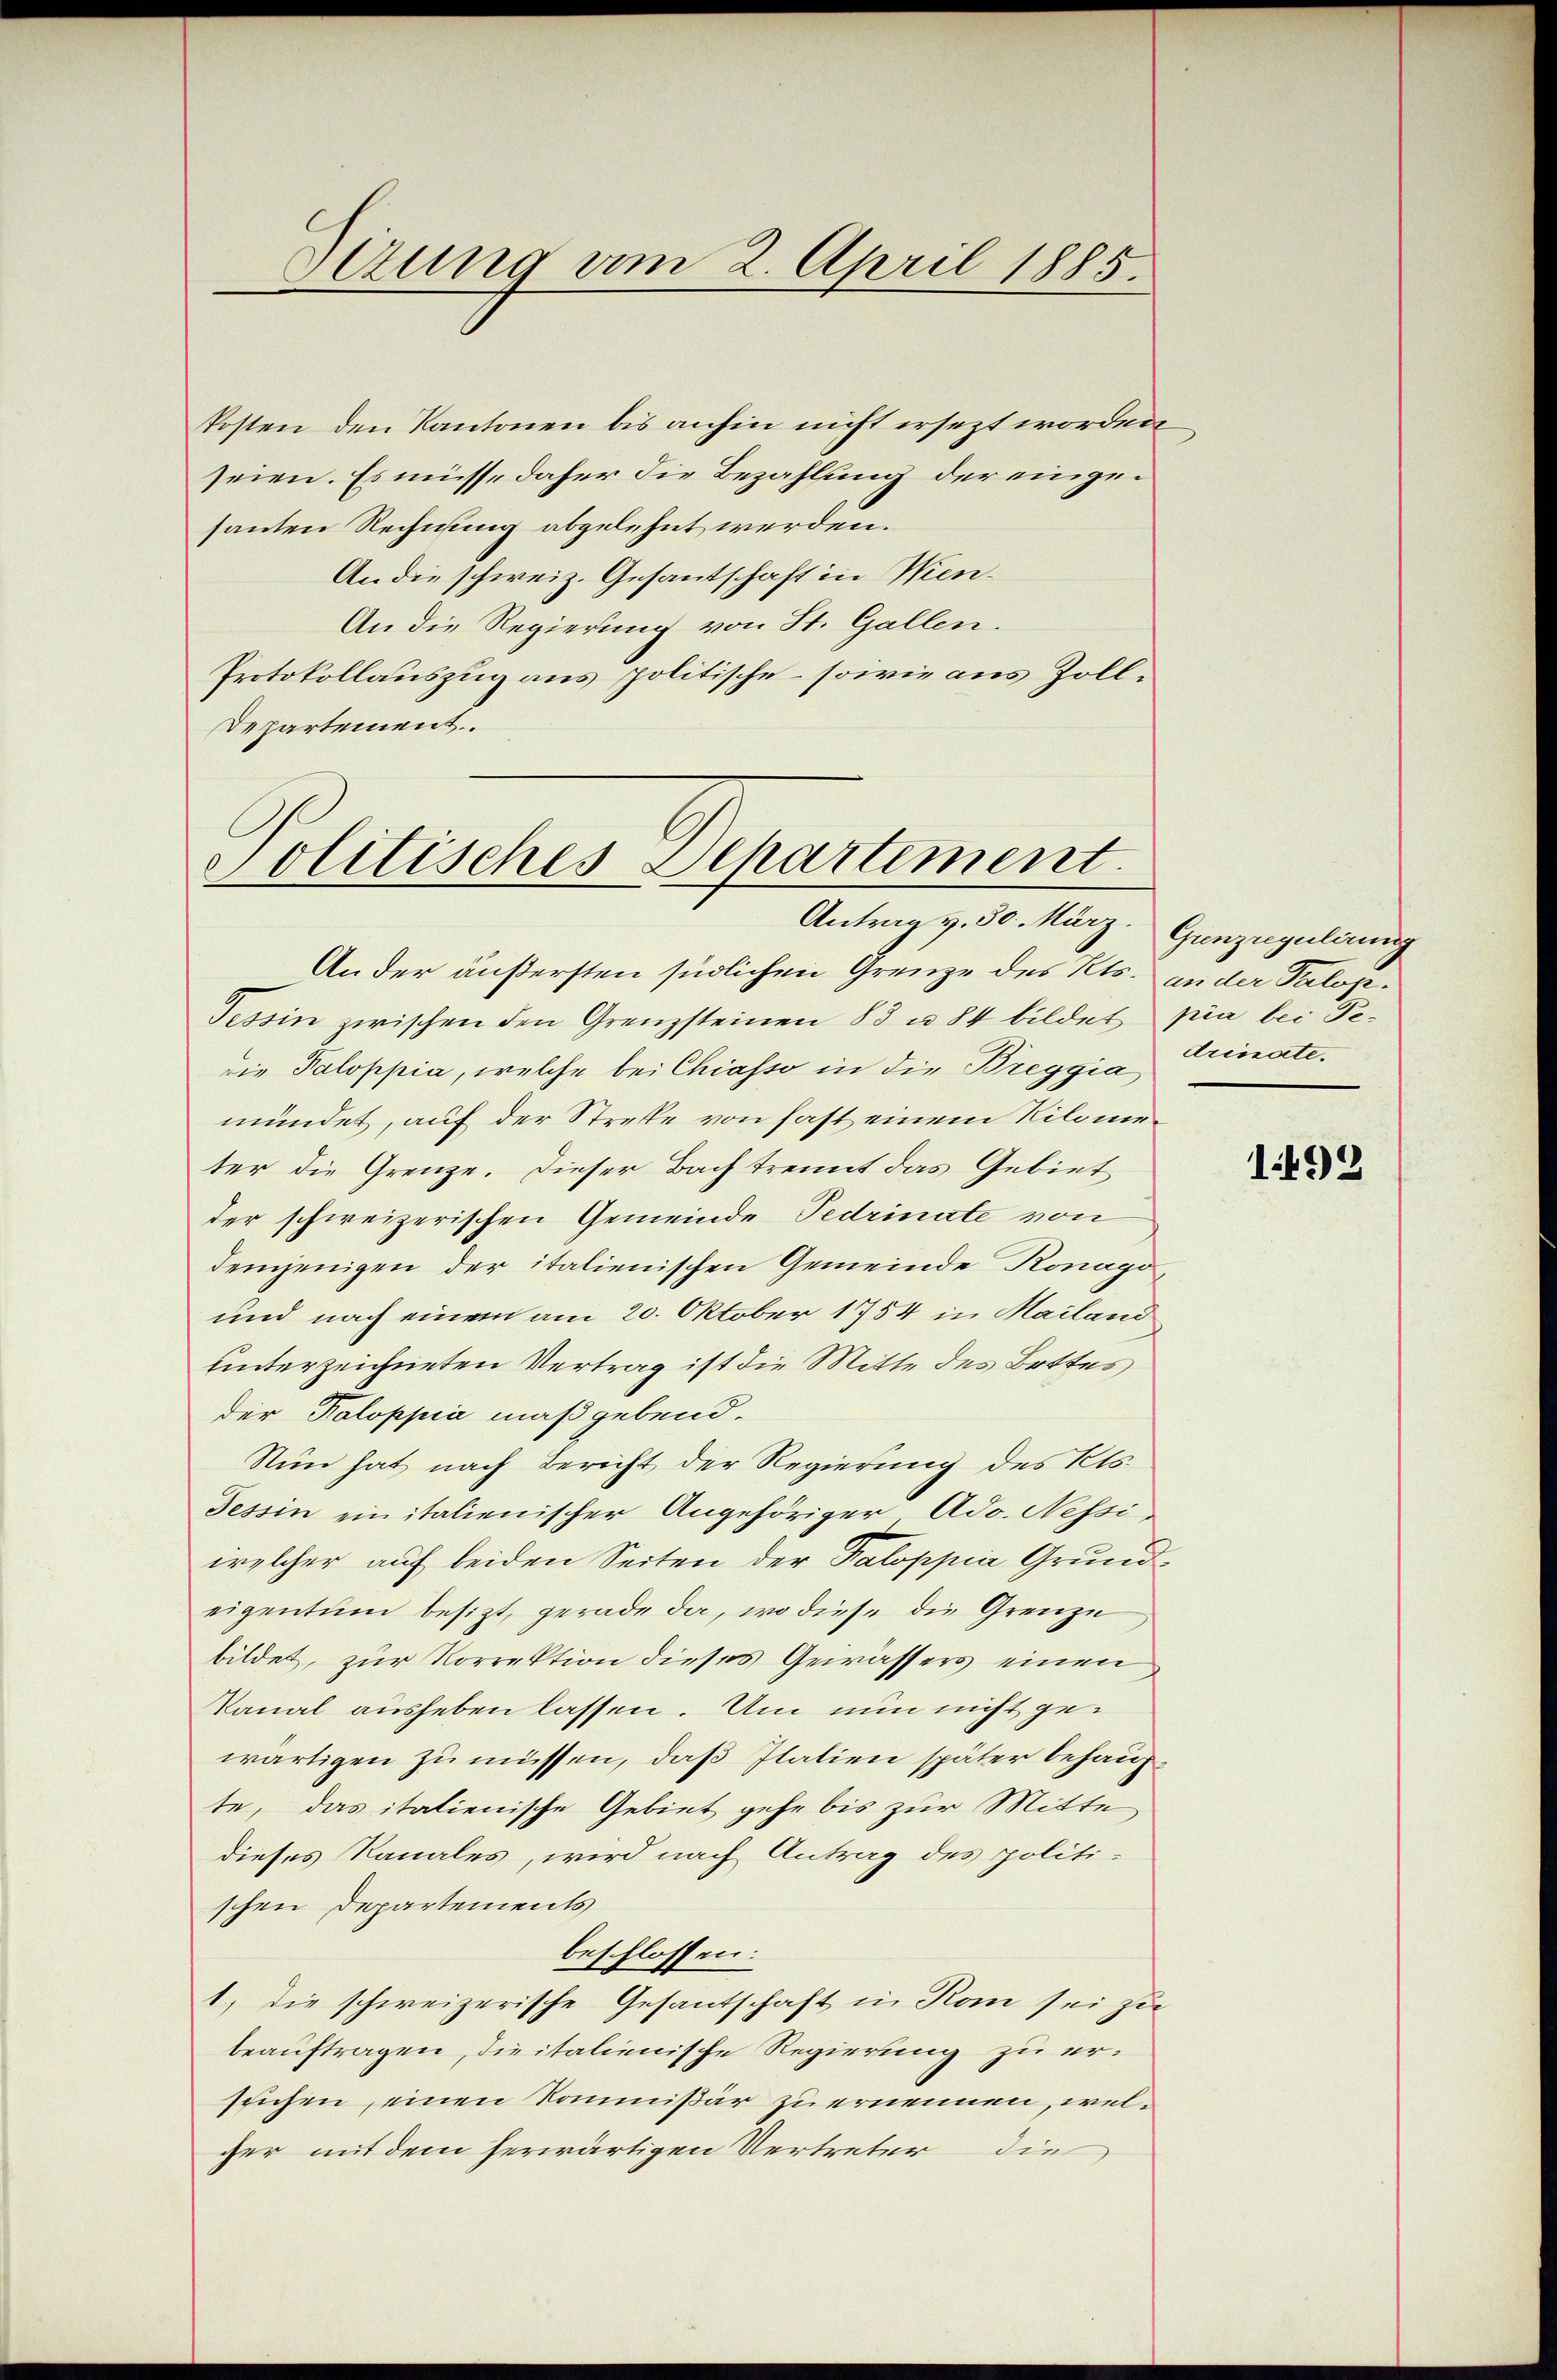
Sezung am 2. April 1885.

Posten den Kantonen bis anhin nicht ersezt worden
seien. Es müsse daher die Bezahlung der eingesanten Rechnung abgelehnt werden.
An die schweiz. Gesantschaft in Wien¬
An die Regierung von St. Gallen.
Protokollauszug aus politische – sowie aus Zoll¬
Departement.

Politisches Departement.
Antrag v. 30. März. Ganzegulirung

An der äußersten südlichen Grenze des Kts. an der Palop¬
Tessin zwischen den Grenzsteinen 83 u. 84 bildet pia bei Bedie Paloppia, welche bei Chiasso in die Breggia rinate.
mündet, auf der Streffe von fast einem Kilometer die Grenze. Dieser Bach trennt das Gebiet
der schweizerischen Gemeinde Pedrinate von
demjenigen der italienischen Gemeinde Konago¬
und nach einem am 20. Oktober 1754 in Mailand
unterzeichneten Vertrag ist die Mitte des Bottes
der Paloppia maßgebend.
Nun hat nach Bericht der Regierung des Kts.
Tessin ein italienischer Angehöriger Ado. Nessi
welcher auf beiden Seiten der Paloppia Grundeigentum besizt, gerade da, wo diese die Grenze
bildet, zur Korrektion dieses Gewässers einen
kanal ausheben lassen. Um nun nicht gewärtigen zu müssen, daß Italien später behaupte, das italienische Gebiet gehe bis zur Mitte,
dieses Kanales, wird nach Antrag des politi-
schen Departements
beschlossen:
1.) die schweizerische Gesantschaft in Rom sei zu
beauftragen, die italienische Regierung zu erstichen, einen Kommißär zu ernennen, welcher mit dem herwärtigen Vertreter die

1492